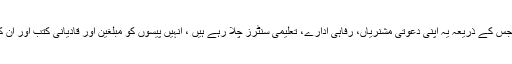
اسرائیل کی طرف اسے بڑا فنڈ ملتا ہے جس کے ذریعہ یہ اپنی دعوتی مشنریاں، رفاہی ادارے، تعلیمی سنٹرز چلا رہے ہیں ، انہیں پیسوں کو مبلغین اور قادیانی کتب اور ان کی نشر واشاعت پر صرف کیا جاتا ہے۔